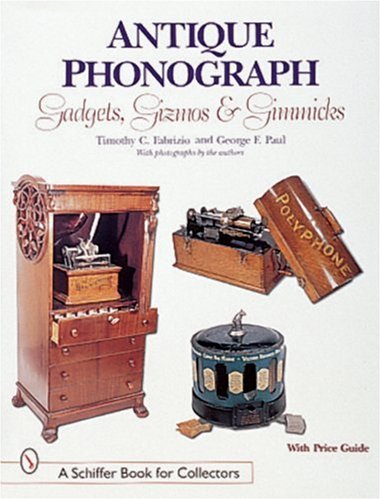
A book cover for Antique Phonograph: Gadgets, Gizmos, and Gimmicks (A Schiffer Book for Collectors); Timothy C. Fabrizio; Crafts, Hobbies & Home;